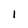
Character: l